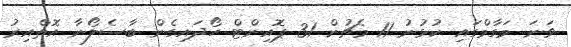
ވަނަ މަގާމްގައި ކުޅުނު 11 މެޗުން 31 ޕޮއިންޓް ހޯދައިގެން ބާސެލޯނާ އޮތްއިރު